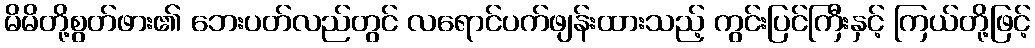
မိမိတို့စွတ်ဖား၏ ဘေးပတ်လည်တွင် လရောင်ပက်ဖျန်းထားသည့် ကွင်းပြင်ကြီးနှင့် ကြယ်တို့ဖြင့်